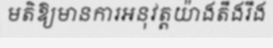
មតិឱ្យមានការអនុវត្តយ៉ាងតឹងរឹង